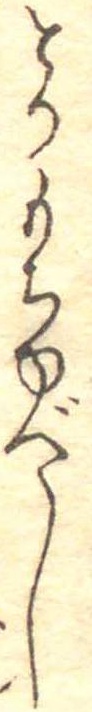
とりもちゆべし